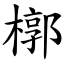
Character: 槨